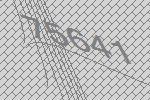
75641